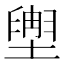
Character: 𫮩